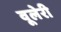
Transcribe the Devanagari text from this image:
वूलेरी